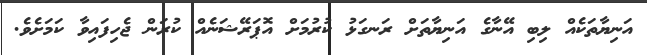
އަނިޔާތަކެއް ލިބި އޭނާގެ އަނިޔާތަށް ރަނގަޅު ކުރުމަށް އޮޕަރޭޝަނެއް ކުރަން ޖެހިފައިވާ ކަމަށެވެ.